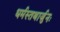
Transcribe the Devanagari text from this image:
धर्मस्तथार्जुनः